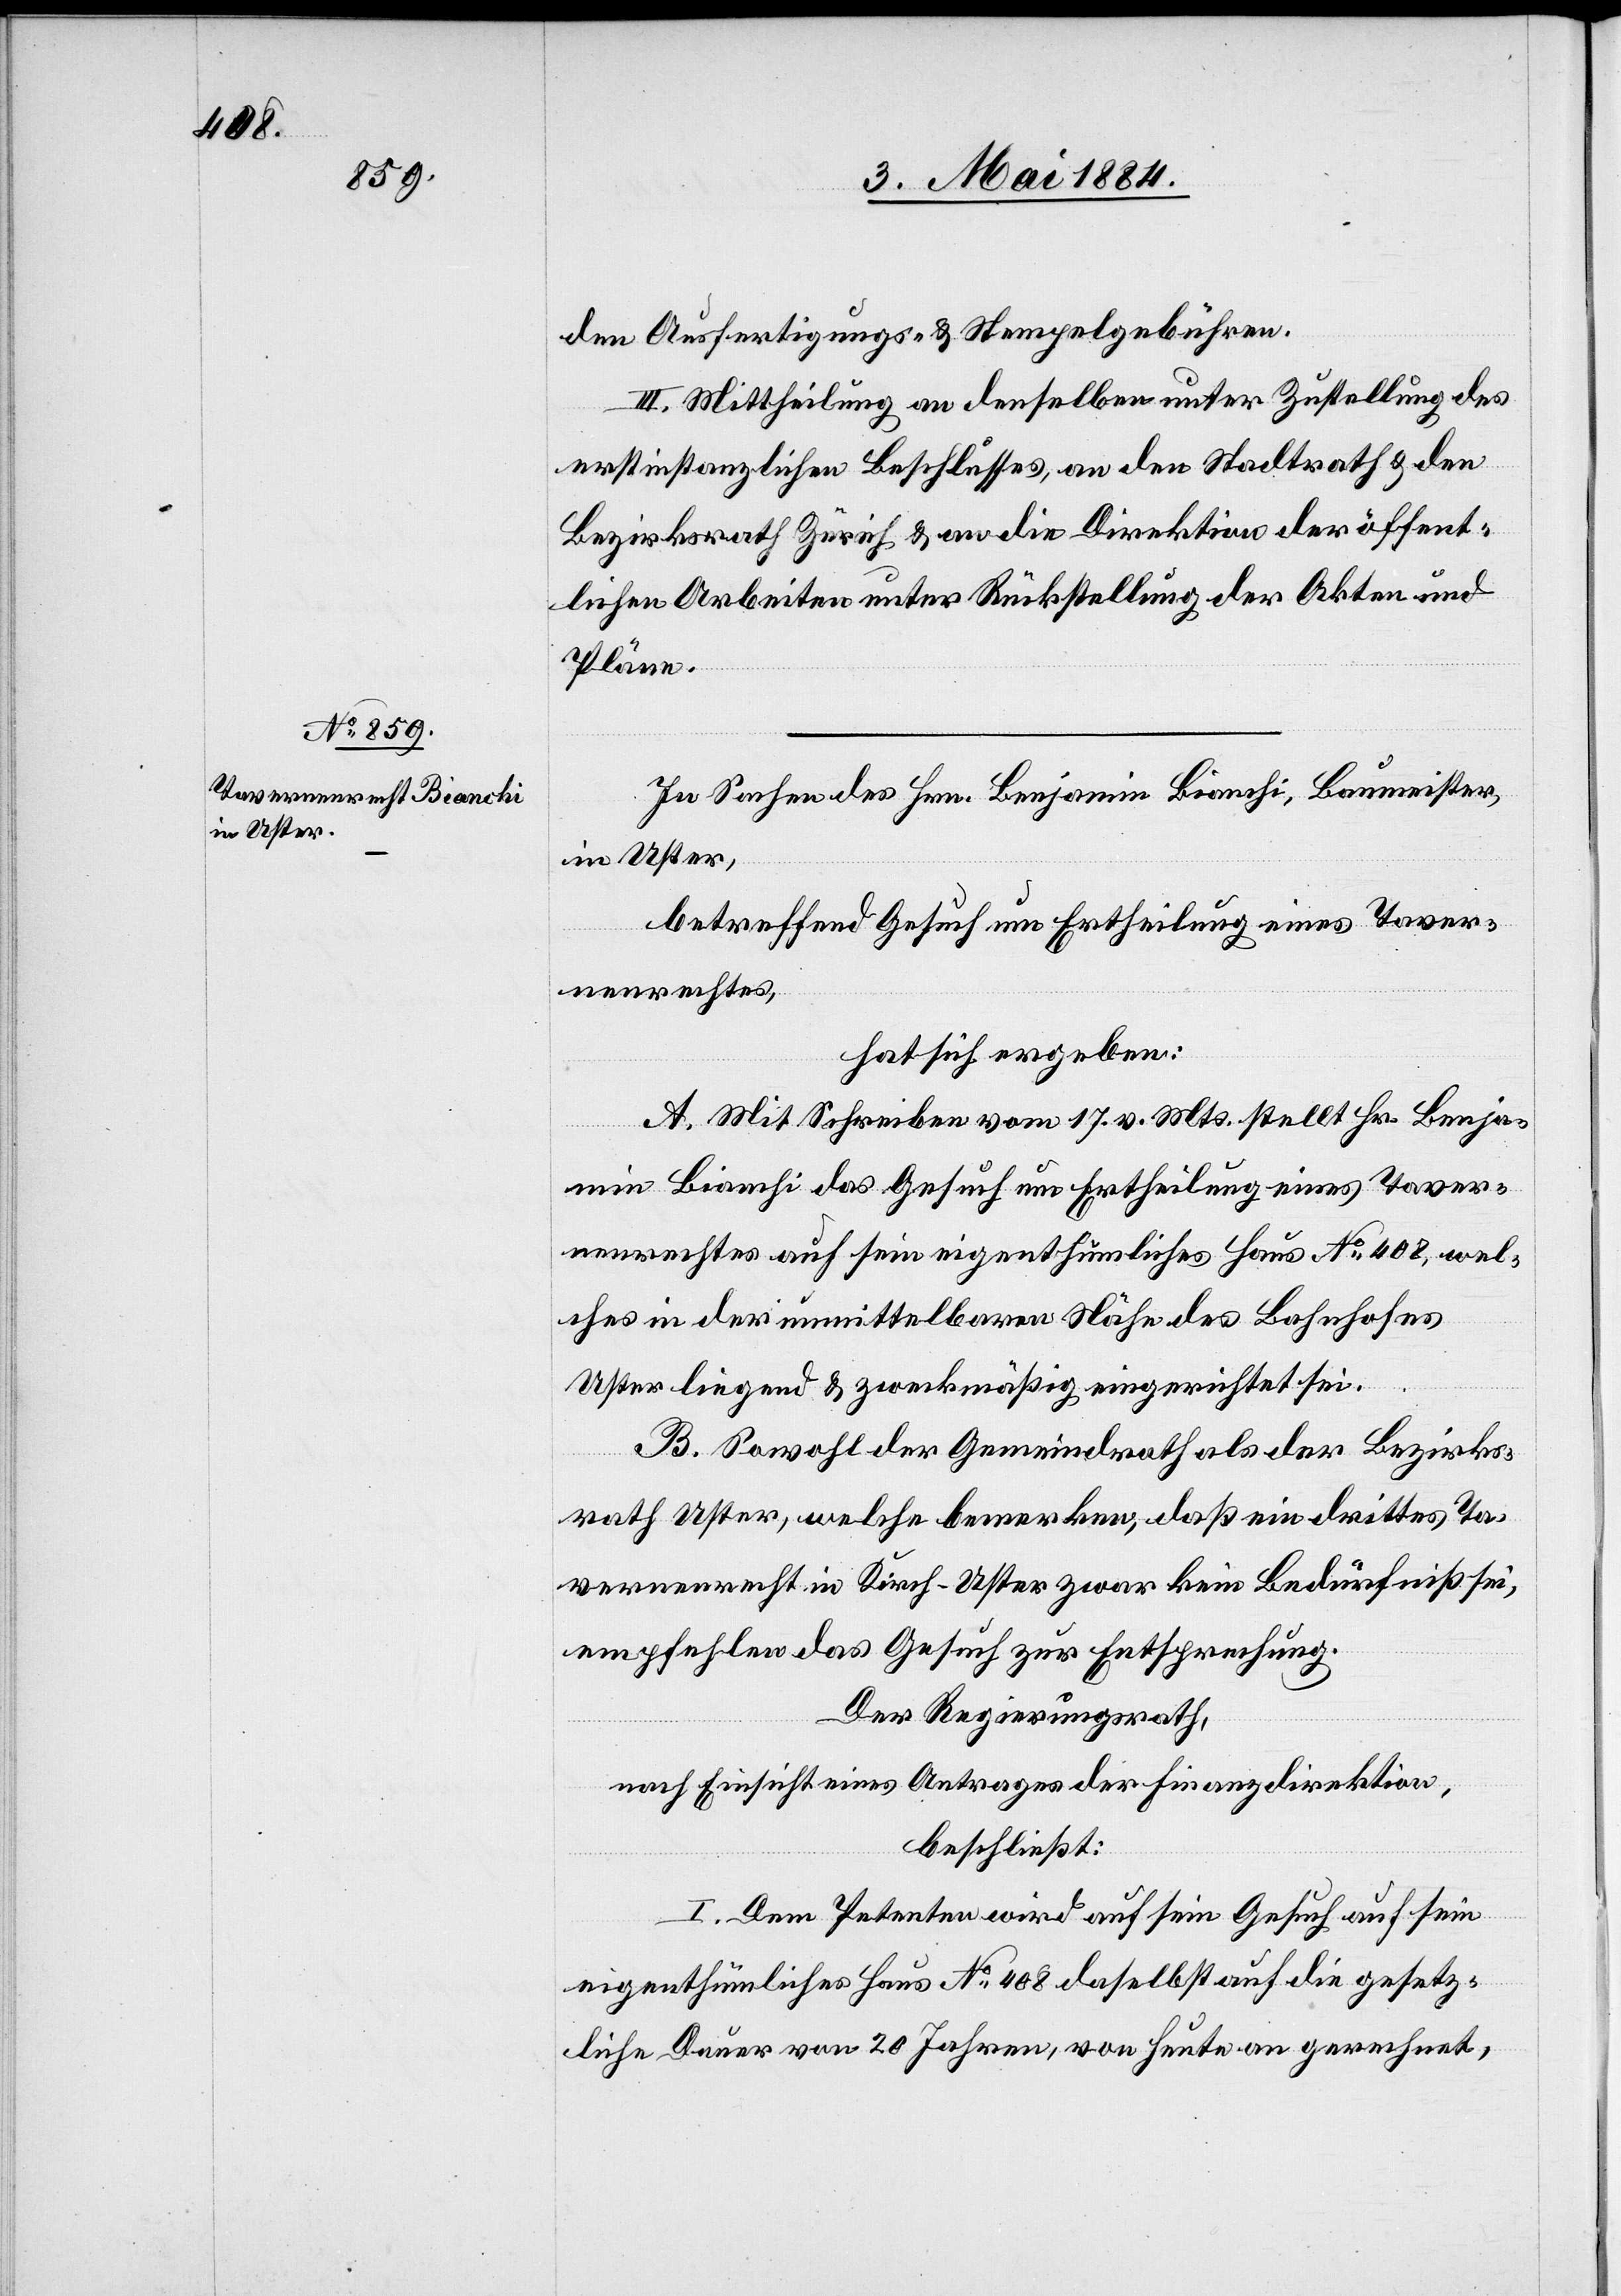
den Ausfertigungs- & Stempelgebühren.
III. Mittheilung an denselben unter Zustellung des
erstinstanzlichen Beschlusses, an den Stadtrath & den
Bezirksrath Zürich & an die Direktion der öffent¬
lichen Arbeiten unter Rückstellung der Akten und
Pläne.
In Sachen des Hrn. Benjamin Bianchi, Baumeister,
in Uster,
betreffend Gesuch um Ertheilung eines Taver¬
nenrechtes,
hat sich ergeben:
A. Mit Schreiben vom 17. v. Mts. stellt Hr. Benja¬
min Bianchi das Gesuch um Ertheilung eines Taver¬
nenrechtes auf sein eigenthümliches Haus No 408, wel¬
ches in der unmittelbaren Nähe des Bahnhofes
Uster liegend & zweckmäßig eingerichtet sei.
B. Sowohl der Gemeindrath als der Bezirks¬
rath Uster, welche bemerken, daß ein drittes Ta¬
vernenrecht in Kirch - Uster zwar kein Bedürfniß sei,
empfehlen das Gesuch zur Entsprechung.
Der Regierungsrath,
nach Einsicht eines Antrages der Finanzdirektion,
beschließt:
I. Dem Petenten wird auf sein Gesuch auf sein
eigenthümliches Haus No 408 daselbst auf die gesetz¬
liche Dauer von 20 Jahren, von heute an gerechnet,